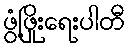
ဖွံ့ဖြိုးရေးပါတီ